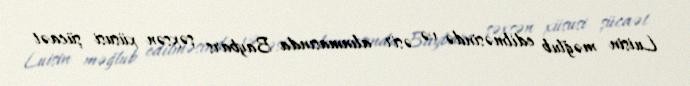
Luisin məğlub edilməsində və əsir alınmasında Baybars şəxsən xüsusi şücaət